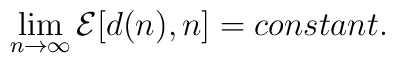
\lim_{n\rightarrow\infty} {\cal E}[d(n),n]=constant.